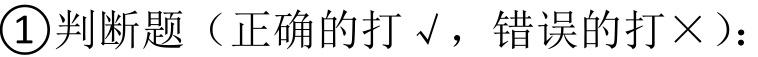
\textcircled{1}判断题（正确的打\(\surd\)，错误的打\(\times\)）：